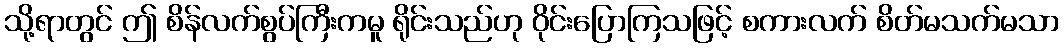
သို့ရာတွင် ဤ စိန်လက်စွပ်ကြီးကမူ ရိုင်းသည်ဟု ဝိုင်းပြောကြသဖြင့် စကားလက် စိတ်မသက်မသာ